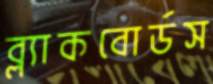
ব্ল্যাকবোর্ডস